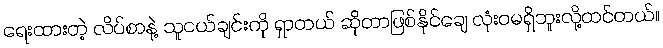
ရေးထားတဲ့ လိပ်စာနဲ့ သူငယ်ချင်းကို ရှာတယ် ဆိုတာဖြစ်နိုင်ချေ လုံးဝမရှိဘူးလို့ထင်တယ်။